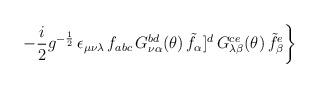
LaTeX: \begin{align*}\left. -\frac{i}{2} g^{-\frac{1}{2}} \, \epsilon_{\mu\nu\lambda}\, f_{abc}\, G_{\nu\alpha}^{bd}(\theta)\,{\tilde f}_\alpha]^d\, G_{\lambda\beta}^{ce}(\theta) \, {\tilde f}_\beta^e \right\}\end{align*}